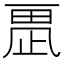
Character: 𣦂